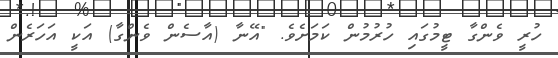
ހުރީ ވެންގާ ޓީމުގައި ހުރުމުން ކަމަށެވެ. "އޭނާ (އާސެން ވެންގާ) އަކީ އަހަރެން